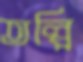
তল্পি